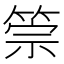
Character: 𥮵